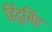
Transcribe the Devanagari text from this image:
हिंदूसिंह